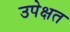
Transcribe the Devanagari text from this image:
उपेक्षत